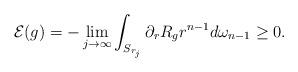
LaTeX: \begin{align*}\mathcal{E}(g)=-\lim_{j\rightarrow\infty}\int_{S_{r_j}}\partial_rR_g r^{n-1}d\omega_{n-1}\geq 0.\end{align*}